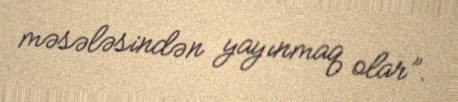
məsələsindən yayınmaq olar”.